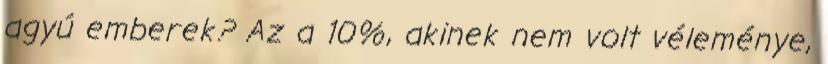
agyú emberek? Az a 10%, akinek nem volt véleménye,